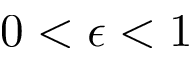
0 < \epsilon < 1